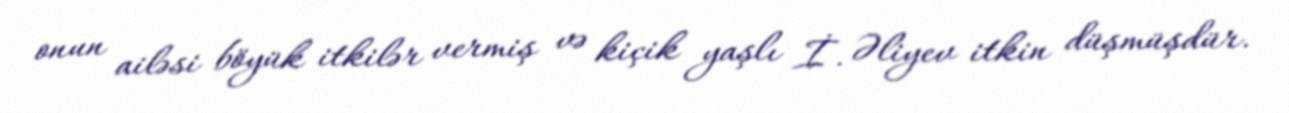
onun ailəsi böyük itkilər vermiş və kiçik yaşlı İ. Əliyev itkin düşmüşdür.